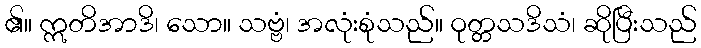
၏။ ဣတိအာဒိ၊ သော။ သဗ္ဗံ၊ အလုံးစုံသည်။ ဝုတ္တသဒိသံ၊ ဆိုပြီးသည်